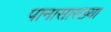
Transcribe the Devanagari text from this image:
पानासारख्या